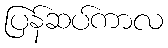
ပြန်ဆပ်ကာလ